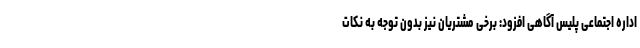
اداره اجتماعی پلیس آگاهی افزود: برخی مشتریان نیز بدون توجه به نکات